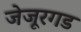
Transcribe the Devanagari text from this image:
जेजूरगड